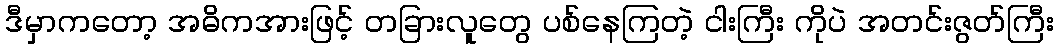
ဒီမှာကတော့ အဓိကအားဖြင့် တခြားလူတွေ ပစ်နေကြတဲ့ ငါးကြီး ကိုပဲ အတင်းဇွတ်ကြီး